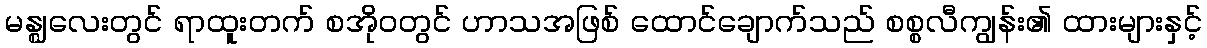
မန္ဈလေးတွင် ရာထူးတက် စအိုဝတွင် ဟာသအဖြစ် ထောင်ချောက်သည် စစ္စလီကျွန်း၏ ထားများနှင့်